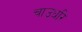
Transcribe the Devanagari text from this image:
चाउधरि